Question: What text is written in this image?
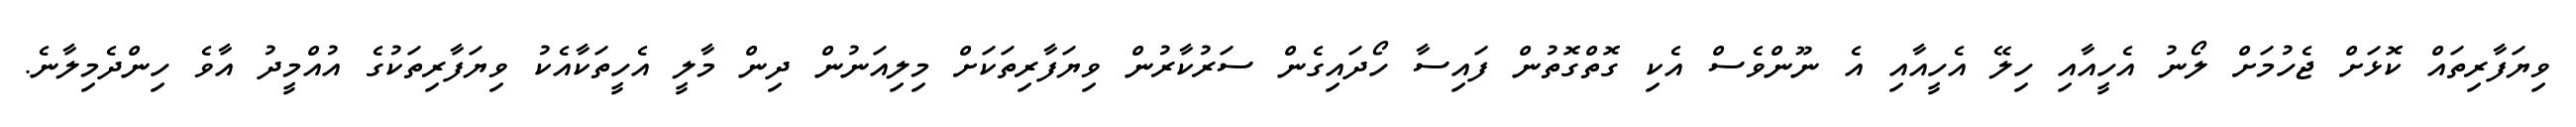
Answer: ވިޔަފާރިތައް ކޮޅަށް ޖެހުމަށް ލޯނު އެހީއާއި ހިލޭ އެހީއާއި އެ ނޫންވެސް އެކި ގޮތްގޮތުން ފައިސާ ހޯދައިގެން ސަރުކާރުން ވިޔަފާރިތަކަށް މިލިއަނުން ދިން މާލީ އެހީތަކާއެކު ވިޔަފާރިތަކުގެ އުއްމީދު އާވެ ހިންދެމިލާނެ.